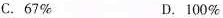
C.67% D.100%